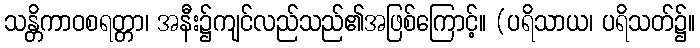
သန္တိကာဝစရတ္တာ၊ အနီး၌ကျင်လည်သည်၏အဖြစ်ကြောင့်။ (ပရိသာယ၊ ပရိသတ်၌။